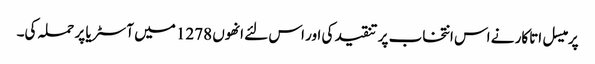
پرمیسل اتاکار نے اس انتخاب پر تنقید کی اور اس لئے انھوں 1278 میں آسٹریا پر حملہ کی۔